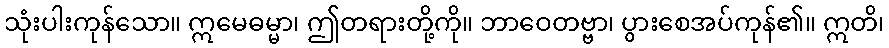
သုံးပါးကုန်သော။ ဣမေဓမ္မာ၊ ဤတရားတို့ကို။ ဘာဝေတဗ္ဗာ၊ ပွားစေအပ်ကုန်၏။ ဣတိ၊